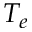
T _ { e }